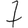
Digit: 7